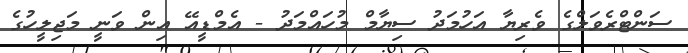
ސަންޓްރެވަލްގެ ވެރިޔާ އަހުމަދު ސިޔާމް މުހައްމަދު - އެމްޑީއޭ އިން ވަނީ މަޖިލީހުގެ